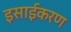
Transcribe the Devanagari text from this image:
इसाईकरण